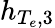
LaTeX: h_{T_{e},3}